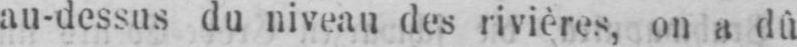
au-dessus du niveau des rivières, on a dû